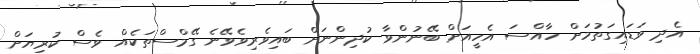
އެދި ވަޑައިގަތުމަށް ހާއްސަ އެހީއަށް ބޭނުންވާ ކުދިންނަށް ބައިވެރިވެވޭނެ ގޭމްސްތަކެއް ވެސް ކުރިޔަށް